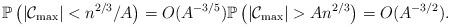
LaTeX: \begin{align*}\mathbb{P}\left(|\mathcal C_{\max}|< n^{2/3}/A\right)=O(A^{-3/5}) \mathbb{P}\left(|\mathcal C_{\max}|>An^{2/3}\right)= O(A^{-3/2}).\end{align*}